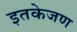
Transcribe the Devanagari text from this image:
इतकेजण